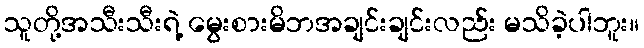
သူတို့အသီးသီးရဲ့ မွေးစားမိဘအချင်းချင်းလည်း မသိခဲ့ပါဘူး။